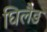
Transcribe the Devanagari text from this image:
घिलैड